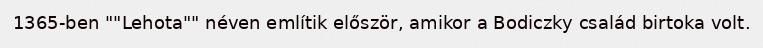
1365-ben ""Lehota"" néven említik először, amikor a Bodiczky család birtoka volt.